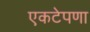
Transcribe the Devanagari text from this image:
एकटेपणा